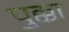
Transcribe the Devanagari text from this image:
पुक्का